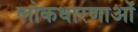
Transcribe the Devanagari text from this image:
लोकधारणाओं